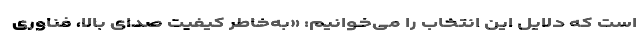
است که دلایل این انتخاب را می‌خوانیم: «به‌خاطر کیفیت صدای بالا، فناوری